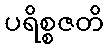
ပရိစ္စဇတိ